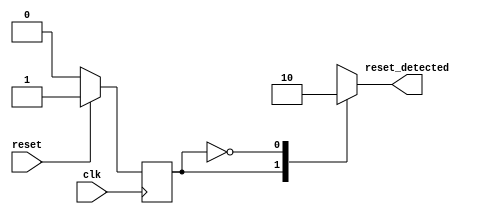
module sync_reset_detector (
    input wire clk,          // Clock signal
    input wire reset,        // Synchronous reset signal
    output reg reset_detected // Output indicating reset status
);

// State encoding
localparam RESET_STATE = 1'b1;   // Reset state
localparam NORMAL_STATE = 1'b0;   // Normal state

// State variable
reg current_state;

// Always block triggered on the rising edge of the clock
always @(posedge clk) begin
    // Update the state based on the reset signal
    if (reset) begin
        current_state <= RESET_STATE; // Transition to reset state
    end else begin
        current_state <= NORMAL_STATE; // Transition to normal state
    end
end

// Combinational logic to set the reset_detected output
always @(*) begin
    case (current_state)
        RESET_STATE: begin
            reset_detected = 1'b1; // Reset condition active
        end
        NORMAL_STATE: begin
            reset_detected = 1'b0; // Reset condition inactive
        end
        default: begin
            reset_detected = 1'b0; // Default case (should not occur)
        end
    endcase
end

endmodule